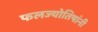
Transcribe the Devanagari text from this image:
फलज्योतिषांनी